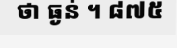
ថា ធ្ងន់ ។ ៨៧៥